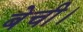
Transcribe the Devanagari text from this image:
बेची।